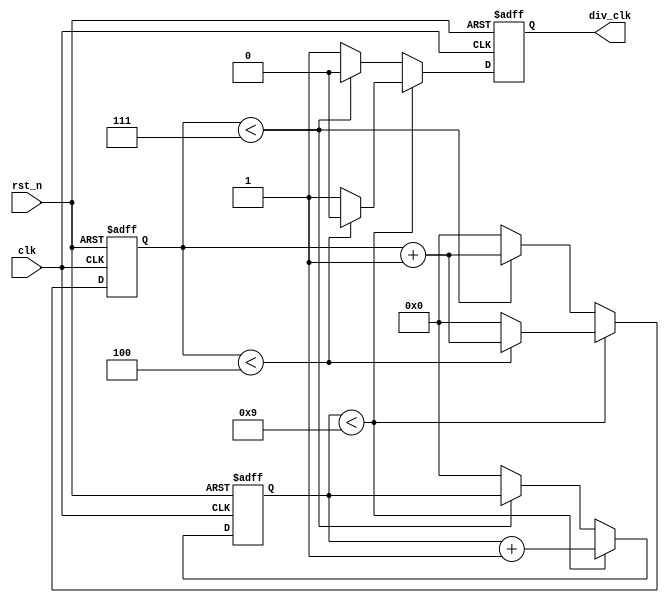
module fdiv5_3 (
    input wire  clk,
    input wire  rst_n,
    output wire div_clk
);

reg [3:0] cnt1, cnt2;

reg clk_out_temp;

always @(posedge clk or negedge rst_n) begin
    if (~rst_n) begin
        cnt1 <=0;
        cnt2 <= 0;
        clk_out_temp <= 0;
    end
    else if(cnt1 < 9)begin
        cnt1 <= cnt1 + 1;
        if (cnt2 < 4) begin
            clk_out_temp <=0;
            cnt2 <= cnt2 +1;

        end
        else begin
            clk_out_temp <= 1;
            cnt2 <= 0;
        end
    end
    else begin
        if (cnt2 < 7) begin
            cnt2 <= cnt2 +1;
            clk_out_temp <= 0;
        end
        else begin
            cnt2 <= 0;
            clk_out_temp <= 1;
            cnt1 <= 0;
        end
    end
end

assign div_clk = clk_out_temp;

endmodule //fdiv5_3